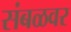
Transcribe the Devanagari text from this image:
संबळवर